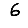
Digit: 6